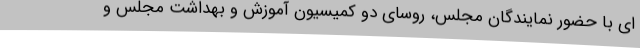
ای با حضور نمایندگان مجلس، روسای دو کمیسیون آموزش و بهداشت مجلس و